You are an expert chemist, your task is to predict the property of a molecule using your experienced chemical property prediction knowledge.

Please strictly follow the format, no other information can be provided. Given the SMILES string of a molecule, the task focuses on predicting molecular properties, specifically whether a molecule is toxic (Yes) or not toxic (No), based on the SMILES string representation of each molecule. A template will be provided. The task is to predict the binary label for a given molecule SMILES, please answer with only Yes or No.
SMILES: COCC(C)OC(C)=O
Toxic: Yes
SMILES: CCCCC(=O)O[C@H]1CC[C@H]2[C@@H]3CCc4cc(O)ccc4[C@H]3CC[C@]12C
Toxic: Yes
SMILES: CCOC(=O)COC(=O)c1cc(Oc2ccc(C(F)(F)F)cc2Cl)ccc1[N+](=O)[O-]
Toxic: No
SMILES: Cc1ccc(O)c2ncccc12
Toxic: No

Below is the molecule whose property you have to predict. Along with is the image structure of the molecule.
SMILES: Cc1c(N)nc([C@H](CC(N)=O)NC[C@H](N)C(N)=O)nc1C(=O)N[C@H](C(=O)N[C@H](C)[C@@H](O)[C@H](C)C(=O)N[C@H](C(=O)NCCc1nc(-c2nc(C(=O)NCCCCNC(=N)N)cs2)cs1)[C@@H](C)O)[C@@H](O[C@@H]1O[C@@H](CO)[C@@H](O)[C@H](O)[C@@H]1O[C@H]1O[C@H](CO)[C@@H](O)[C@H](OC(N)=O)[C@@H]1O)c1cnc[nH]1
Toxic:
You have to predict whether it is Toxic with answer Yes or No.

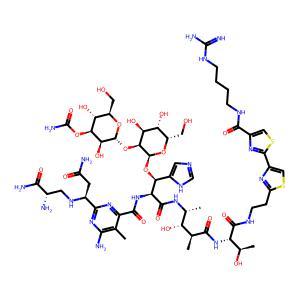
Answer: Yes